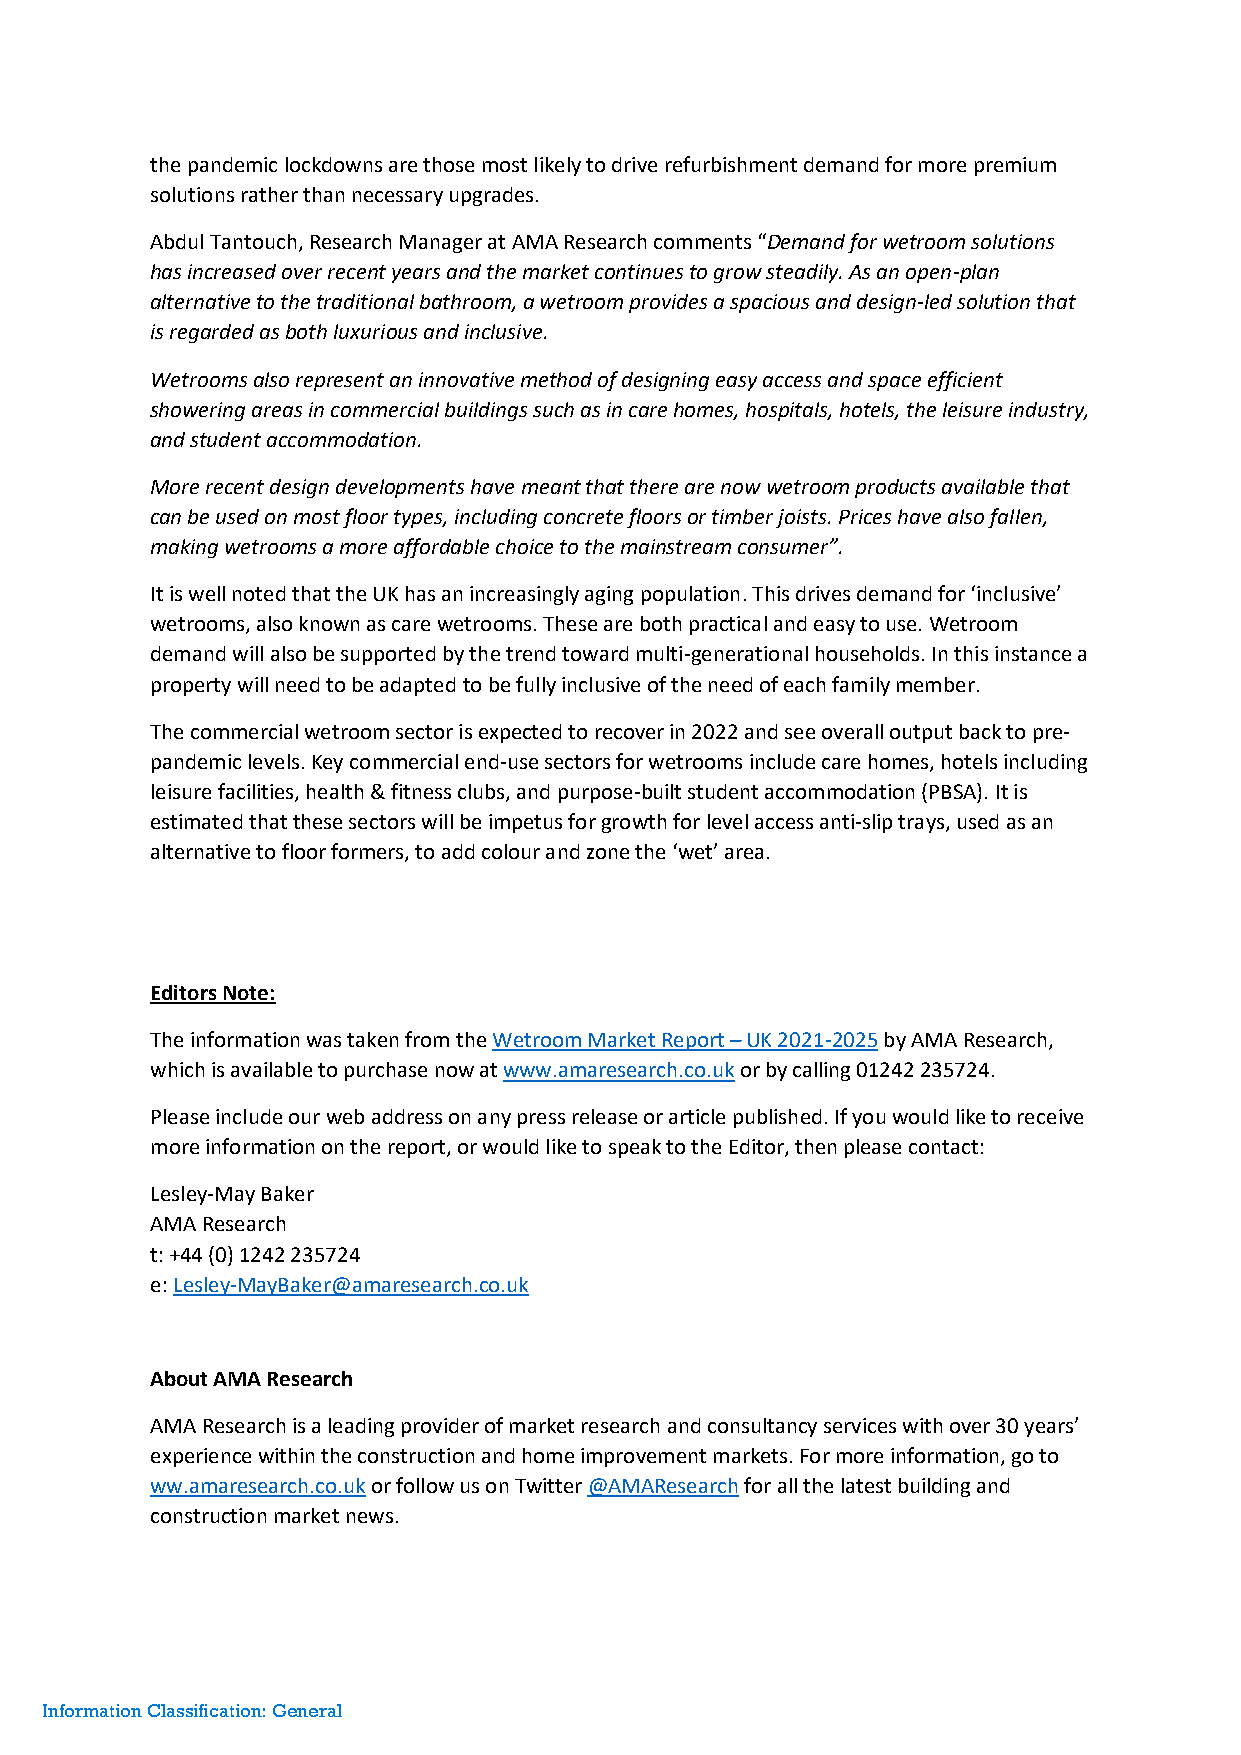
the pandemic lockdowns are those most likely to drive refurbishment demand for more premium
 solutions rather than necessary upgrades.
 Abdul Tantouch, Research Manager at AMA Research comments “Demand for wetroom solutions
 has increased over recent years and the market continues to grow steadily. As an open-plan
 alternative to the traditional bathroom, a wetroom provides a spacious and design-led solution that
 is regarded as both luxurious and inclusive.
 Wetrooms also represent an innovative method of designing easy access and space efficient
 showering areas in commercial buildings such as in care homes, hospitals, hotels, the leisure industry,
 and student accommodation.
 More recent design developments have meant that there are now wetroom products available that
 can be used on most floor types, including concrete floors or timber joists. Prices have also fallen,
 making wetrooms a more affordable choice to the mainstream consumer”.
 It is well noted that the UK has an increasingly aging population. This drives demand for ‘inclusive’
 wetrooms, also known as care wetrooms. These are both practical and easy to use. Wetroom
 demand will also be supported by the trend toward multi-generational households. In this instance a
 property will need to be adapted to be fully inclusive of the need of each family member.
 The commercial wetroom sector is expected to recover in 2022 and see overall output back to pre-
 pandemic levels. Key commercial end-use sectors for wetrooms include care homes, hotels including
 leisure facilities, health & fitness clubs, and purpose-built student accommodation (PBSA). It is
 estimated that these sectors will be impetus for growth for level access anti-slip trays, used as an
 alternative to floor formers, to add colour and zone the ‘wet’ area.
 Editors Note:
 The information was taken from the Wetroom Market Report – UK 2021-2025 by AMA Research,
 which is available to purchase now at www.amaresearch.co.uk or by calling 01242 235724.
 Please include our web address on any press release or article published. If you would like to receive
 more information on the report, or would like to speak to the Editor, then please contact:
 Lesley-May Baker
 AMA Research
 t: +44 (0) 1242 235724
 e: Lesley-MayBaker@amaresearch.co.uk
 About AMA Research
 AMA Research is a leading provider of market research and consultancy services with over 30 years’
 experience within the construction and home improvement markets. For more information, go to
 ww.amaresearch.co.uk or follow us on Twitter @AMAResearch for all the latest building and
 construction market news.
 Information Classification: General